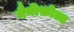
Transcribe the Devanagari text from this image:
मैनीफ़ोल्ड